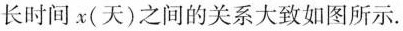
长时间x(天)之间的关系大致如图所示。